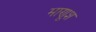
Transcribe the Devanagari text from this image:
माणूश